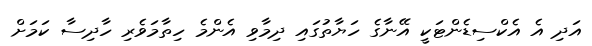
އަދި އެ އެކްސިޑެންޓަކީ އޭނާގެ ހަޔާތުގައި ދިމާވި އެންމެ ހިތާމަވެރި ހާދިސާ ކަމަށް